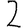
Digit: 2